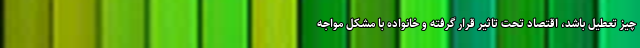
چیز تعطیل باشد، اقتصاد تحت تاثیر قرار گرفته و خانواده با مشکل مواجه